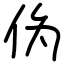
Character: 伪